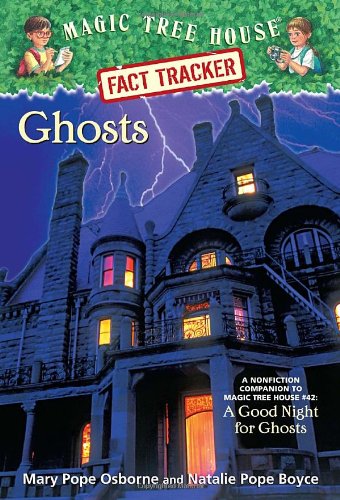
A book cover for Magic Tree House Fact Tracker #20: Ghosts: A Nonfiction Companion to Magic Tree House #42: A Good Night for Ghosts; Mary Pope Osborne; Children's Books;